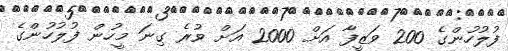
ފުލުހުންގެ 200 ވަޒީފާ އަށް 2000 އަށް ވުރެ ގިނަ މީހުން ފުލުހުންގެ